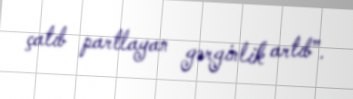
çatıb partlayan gərginlik artıb”.